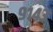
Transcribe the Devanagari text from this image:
९१४३